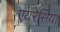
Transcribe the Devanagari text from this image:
एयरेसिया